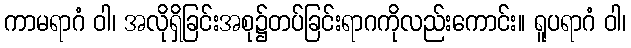
ကာမရာဂံ ဝါ၊ အလိုရှိခြင်းအစု၌တပ်ခြင်းရာဂကိုလည်းကောင်း။ ရူပရာဂံ ဝါ၊